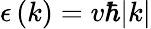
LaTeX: \epsilon\left(k\right)=v\hbar|k|